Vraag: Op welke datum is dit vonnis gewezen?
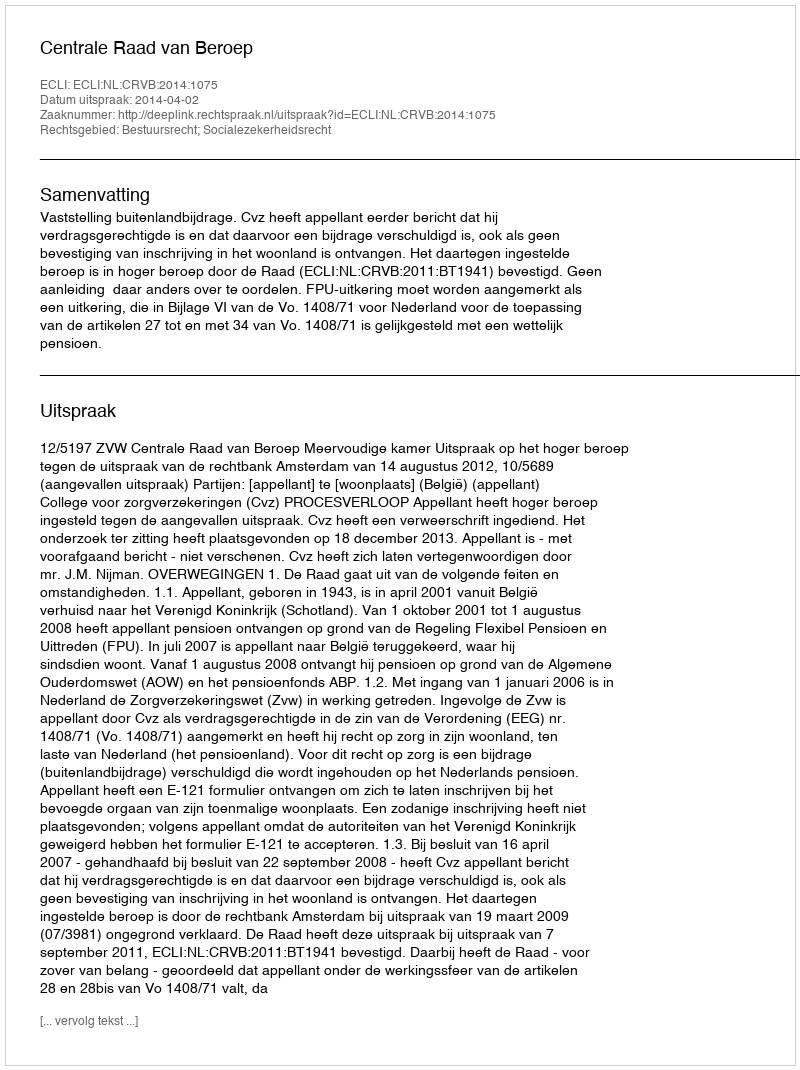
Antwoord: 2014-04-02